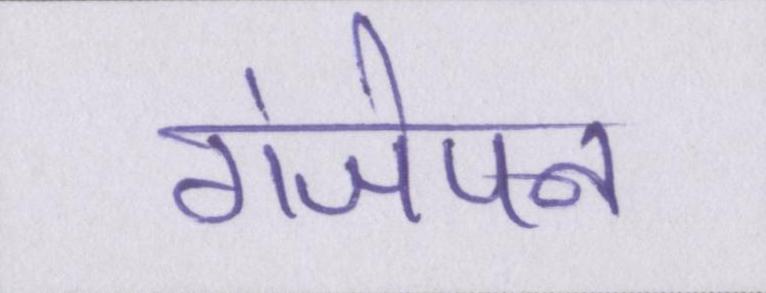
गंजेपन